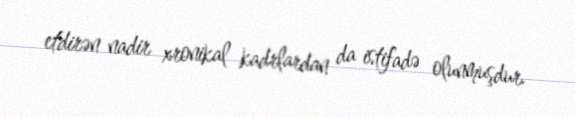
etdirən nadir xronikal kadrlardan da istifadə olunmuşdur.